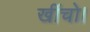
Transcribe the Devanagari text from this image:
खींचो।